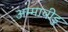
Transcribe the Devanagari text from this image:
अम्मावीडु